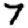
Digit: 7